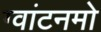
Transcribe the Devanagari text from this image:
ग्वांटनमो